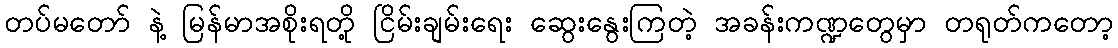
တပ်မတော် နဲ့ မြန်မာအစိုးရတို့ ငြိမ်းချမ်းရေး ဆွေးနွေးကြတဲ့ အခန်းကဏ္ဍတွေမှာ တရုတ်ကတော့